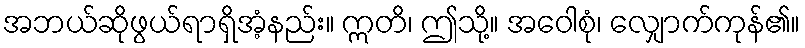
အဘယ်ဆိုဖွယ်ရာရှိအံ့နည်း။ ဣတိ၊ ဤသို့။ အဝေါစုံ၊ လျှောက်ကုန်၏။